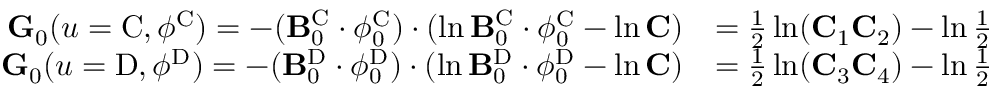
\begin{array} { r l } { \mathbf { G } _ { 0 } ( u = \mathrm { C } , \phi ^ { \mathrm { C } } ) = - ( \mathbf { B } _ { 0 } ^ { \mathrm { C } } \cdot \phi _ { 0 } ^ { \mathrm { C } } ) \cdot ( \ln \mathbf { B } _ { 0 } ^ { \mathrm { C } } \cdot \phi _ { 0 } ^ { \mathrm { C } } - \ln \mathbf { C } ) } & { = \frac { 1 } { 2 } \ln ( \mathbf { C } _ { 1 } \mathbf { C } _ { 2 } ) - \ln \frac { 1 } { 2 } } \\ { \mathbf { G } _ { 0 } ( u = \mathrm { D } , \phi ^ { \mathrm { D } } ) = - ( \mathbf { B } _ { 0 } ^ { \mathrm { D } } \cdot \phi _ { 0 } ^ { \mathrm { D } } ) \cdot ( \ln \mathbf { B } _ { 0 } ^ { \mathrm { D } } \cdot \phi _ { 0 } ^ { \mathrm { D } } - \ln \mathbf { C } ) } & { = \frac { 1 } { 2 } \ln ( \mathbf { C } _ { 3 } \mathbf { C } _ { 4 } ) - \ln \frac { 1 } { 2 } } \end{array}